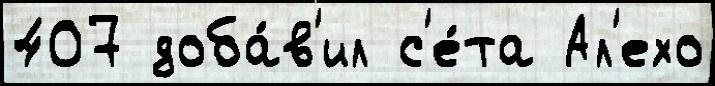
407 доба́в'ил с'е́та Ал'ехо